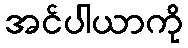
အင်ပါယာကို